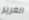
الغرير